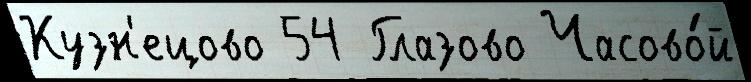
Кузн'ецово 54 Глазово Часово́й